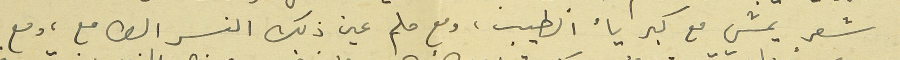
شعرٍ يمشي مع كبرياء الطيب، ومع حلم عين ذلك النسر الطامع، ومع